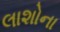
લાશોના